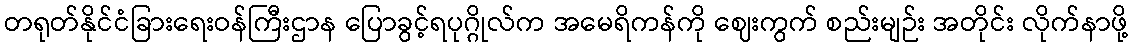
တရုတ်နိုင်ငံခြားရေးဝန်ကြီးဌာန ပြောခွင့်ရပုဂ္ဂိုလ်က အမေရိကန်ကို ဈေးကွက် စည်းမျဉ်း အတိုင်း လိုက်နာဖို့